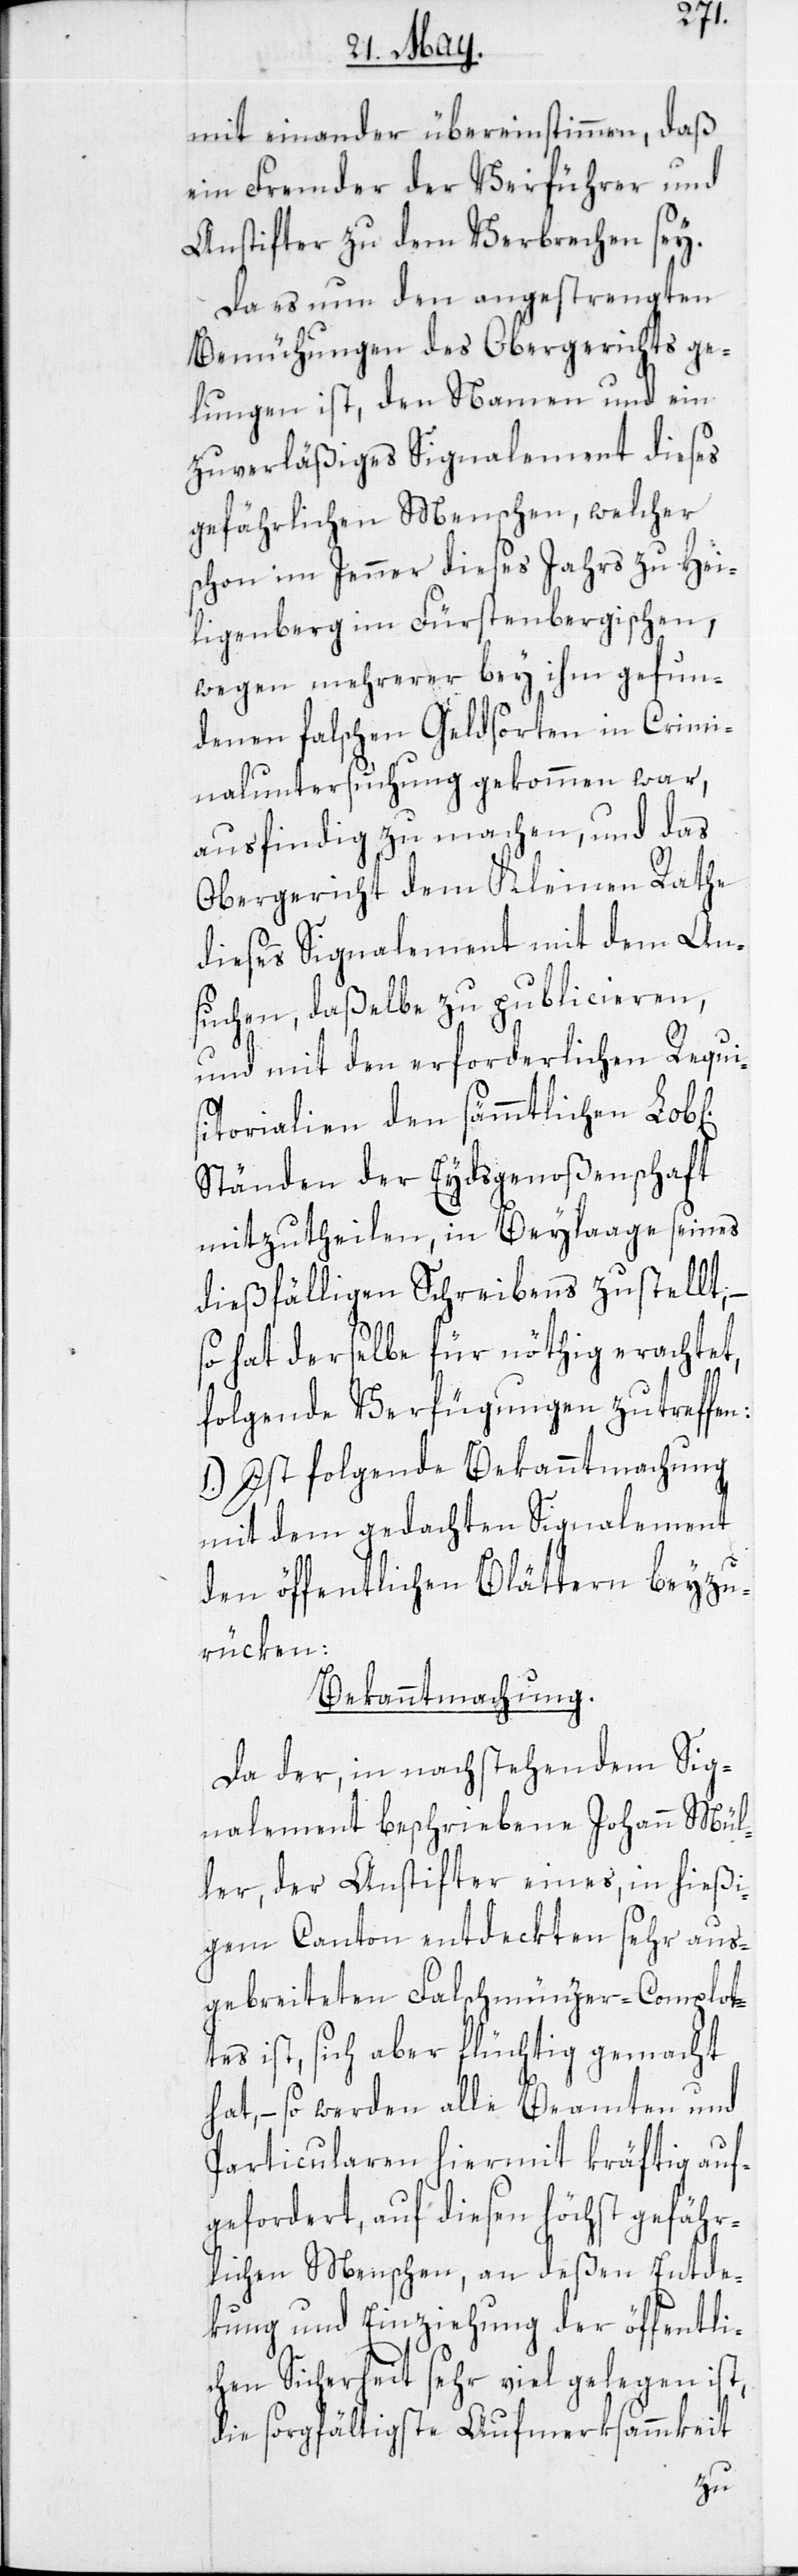
mit einander übereinstimmen, daß
ein Fremder der Verführer und
Anstifter zu dem Verbrechen sey.
Da es nun den angestrengten
Bemühungen des Obergerichts ge¬
lungen ist, den Namen und ein
zuverläßiges Signalement dieses
gefährlichen Menschen, welcher
schon im Jenner dieses Jahrs zu Hei¬
ligenberg im Fürstenbergischen,
wegen mehrerer bey ihm gefun¬
denen falschen Geldsorten in Crimi¬
naluntersuchung gekommen war,
ausfindig zu machen, und das
Obergericht dem Kleinen Rathe
dieses Signalement mit dem An¬
suchen, daßelbe zu publicieren,
und mit den erforderlichen Requi¬
sitorialien den sämmtlichen Lob[l¬
Ständen der Eydsgenoßenschaft
mitzutheilen, in Beylaage seines
dießfälligen Schreibens zustellt, –
so hat derselbe für nöthig erachtet,
folgende Verfügungen zu treffen:
1.) Ist folgende Bekanntmachung
mit dem gedachten Signalement
den öffentlichen Blättern beyzu¬
rücken:
Bekanntmachung.
Da der, in nachstehendem Sig¬
nalement beschriebene Johann Mül¬
ler, der Anstifter eines, in hießi¬
gem Canton entdeckten sehr aus¬
gebreiteten Falschmünzer-Complot¬
tes ist, sich aber flüchtig gemacht
hat, – so werden alle Beamten und
Particularen hiermit kräftig auf¬
gefordert, auf diesen höchst gefähr¬
lichen Menschen, an deßen Entde¬
kung und Einziehung der öffentli¬
chen Sicherheit sehr viel gelegen ist,
die sorgfältigste Aufmerksammkeit